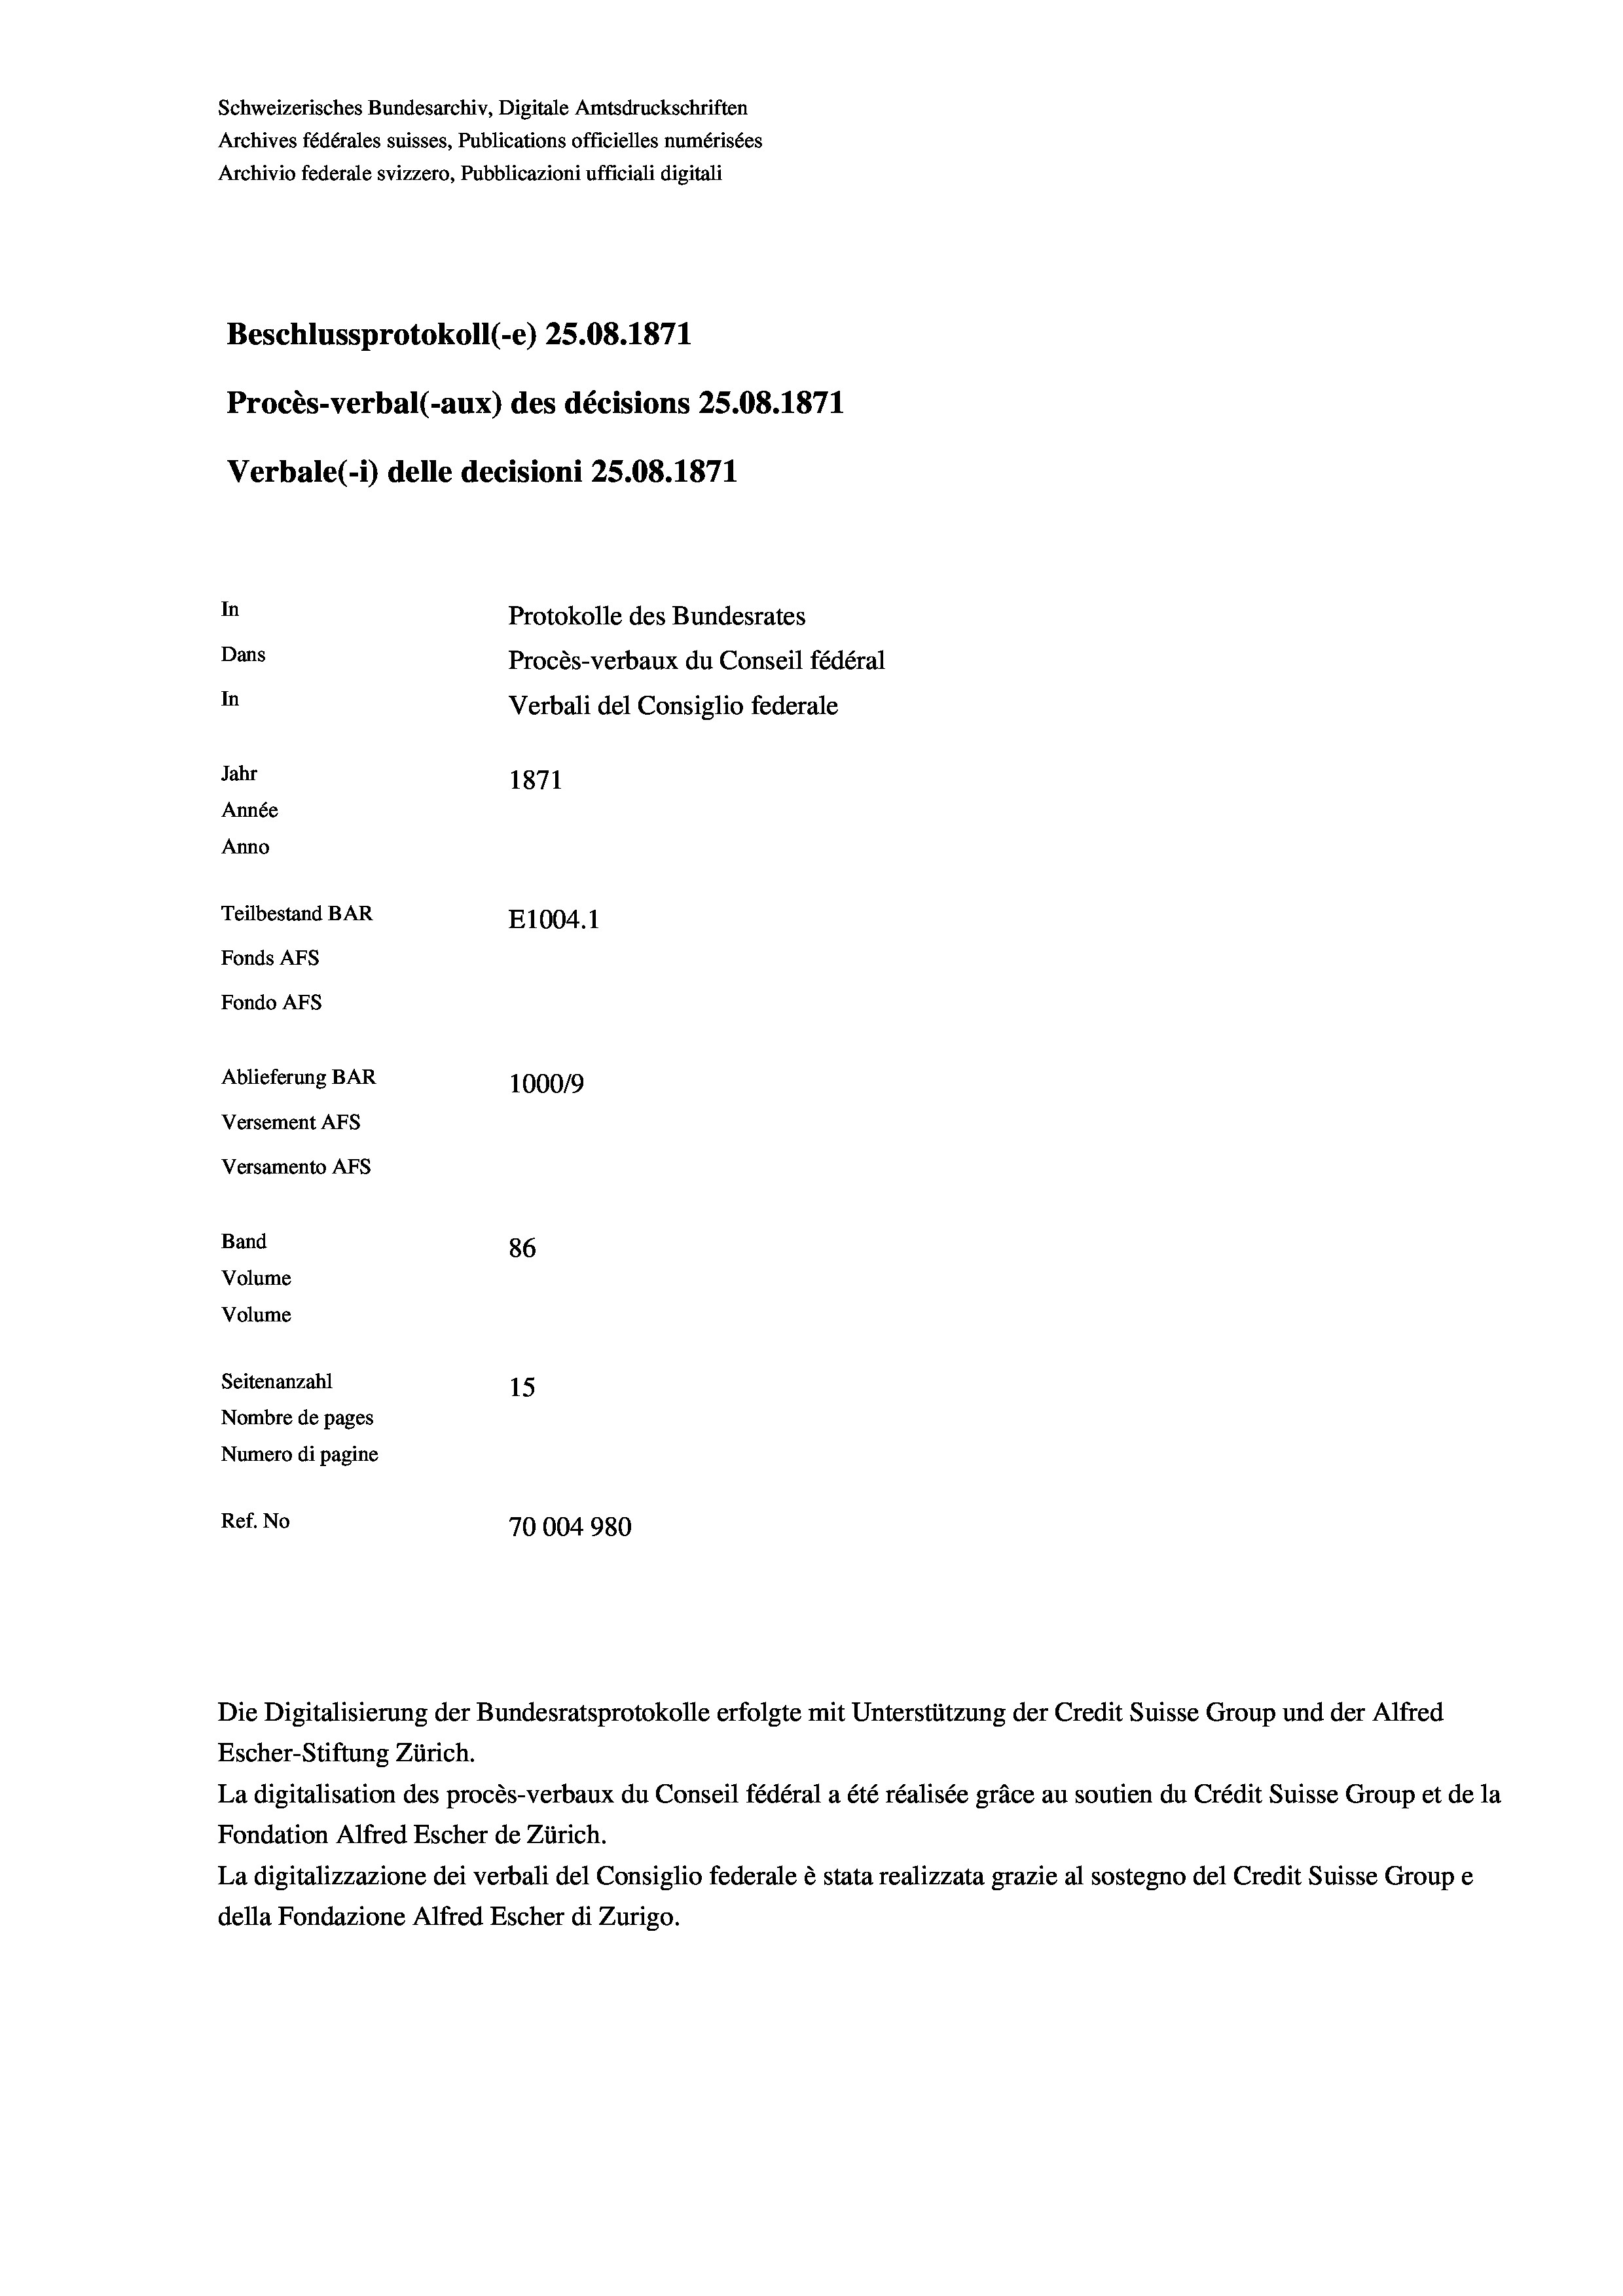
Schweizerisches Bundesarchiv, Digitale Amtsdruckschriften
Archives fédérales suisses, Publications officielles numérisées
Archivio federale svizzero, Pubblicazioni ufficiali digitali
Beschlussprotokoll (-e) 25.08. 1871
Procès-verbal (-aux) des décisions 25.08. 1871
Verbale (- 1) delle decisioni 25.08. 1871
In
Protokolle des Bundesrates
Dans
Procès-verbaux du Conseil fédéral
In
Verbali del Consiglio federale
Jahr
1871
Année
Anno
Teilbestand BAR
E1004. 1
Fonds AFs
Fondo AFs
Ablieferung BAR
100019
Versement Abs
Versamento Afs
Band
86
Volume
Volume
Seitenanzahl
15
Nombre de pages
Numero di pagine
Ref. No
70004980

Escher-Stiftung Zürich.
La digitalisation des procès-verbaux du Conseil fédéral a été réalisée gräce au soutien du Crédit Suisse Group et de la
Fondation Alfred Escher de Zürich.
La digitalizzazione dei verbali del Consiglio federale è stata realizzata grazie al sostegno del Credit Suisse Groupe
della Fondazione Alfred Escher di Zurigo.

Die Digitalisierung der Bundesratsprotokolle erfolgte mit Unterstützung der Credit Suisse Group und der Alfred